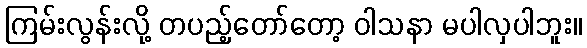
ကြမ်းလွန်းလို့ တပည့်တော်တော့ ဝါသနာ မပါလှပါဘူး။